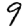
Digit: 9